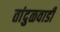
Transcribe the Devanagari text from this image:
तांदुळवाडी